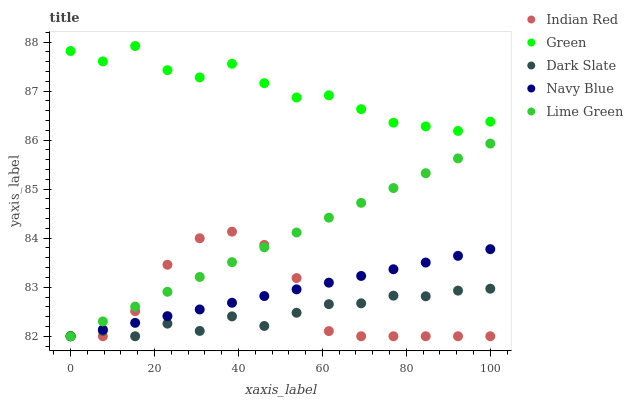
| xaxis_label | Indian Red | Green | Dark Slate | Navy Blue | Lime Green |
 | --- | --- | --- | --- | --- | --- |
 | 0 | 82 | 87.8 | 82 | 82 | 82 |
 | 7.69 | 82 | 87.6 | 82.1 | 82.1 | 82.3 |
 | 15.4 | 82.5 | 87.9 | 82 | 82.3 | 82.6 |
 | 23.1 | 83.5 | 87.4 | 82.3 | 82.4 | 82.9 |
 | 30.8 | 84 | 87.3 | 82.1 | 82.5 | 83.2 |
 | 38.5 | 84.1 | 87.6 | 82.4 | 82.7 | 83.5 |
 | 46.2 | 83.9 | 87.2 | 82.2 | 82.8 | 83.8 |
 | 53.8 | 83.2 | 86.9 | 82.5 | 83 | 84.1 |
 | 61.5 | 82.1 | 86.9 | 82.7 | 83.1 | 84.4 |
 | 69.2 | 82 | 86.6 | 82.7 | 83.2 | 84.7 |
 | 76.9 | 82 | 86.4 | 82.8 | 83.4 | 85 |
 | 84.6 | 82 | 86.3 | 82.8 | 83.5 | 85.3 |
 | 92.3 | 82 | 86.2 | 82.9 | 83.6 | 85.6 |
 | 100 | 82 | 86.4 | 83 | 83.8 | 85.9 |